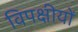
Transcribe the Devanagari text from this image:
विपक्षीयों